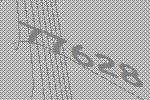
77628